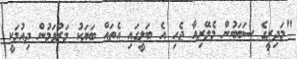
"މަދިރީގެ ސަބަބުން މެލޭރިއާ ޖެހި އެ ބަލީގައި އެތައް ބަޔަކު މަރުވަމުން ދިއުމަކީ